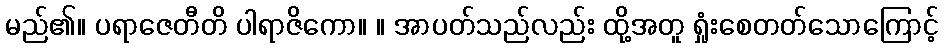
မည်၏။ ပရာဇေတီတိ ပါရာဇိကော။ ။ အာပတ်သည်လည်း ထို့အတူ ရှုံးစေတတ်သောကြောင့်